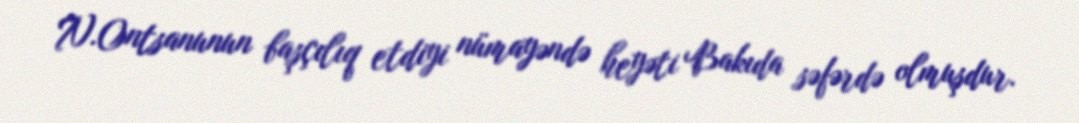
N.Ontsanunun başçılıq etdiyi nümayəndə heyəti Bakıda səfərdə olmuşdur.